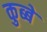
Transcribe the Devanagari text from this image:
कुब्बे